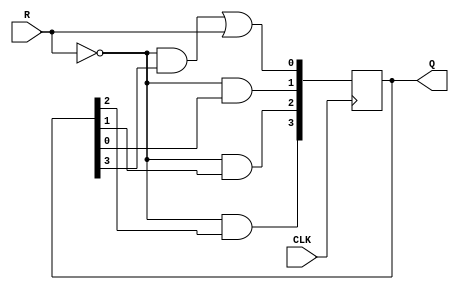
// 4 bit ring counter
module ring_counter(CLK, R, Q);
  // declarations
  input wire CLK, R;
  output reg [3:0] Q;
  reg [3:0] next_Q;

  always @ (posedge CLK)
    begin
      Q <= next_Q;
    end

  always @ (Q)
    begin
      next_Q[3] = ~R & Q[2];
      next_Q[2] = ~R & Q[1];
      next_Q[1] = ~R & Q[0];
      next_Q[0] = ~R & Q[3] | R;
    end
    
endmodule